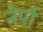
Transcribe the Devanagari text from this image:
नेर्पा